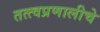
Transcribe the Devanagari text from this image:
तत्त्वप्रणालीचे